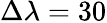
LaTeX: \Delta\lambda=30